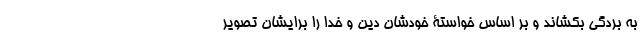
به بردگی بکشاند و بر اساس خواستۀ خودشان دین و خدا را برایشان تصویر